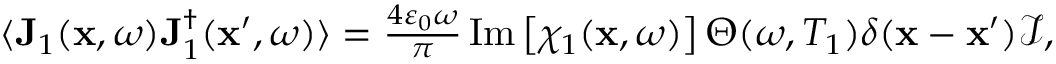
\begin{array} { r } { \langle \mathbf { J } _ { 1 } ( \mathbf { x } , \omega ) \mathbf { J } _ { 1 } ^ { \dagger } ( \mathbf { x } ^ { \prime } , \omega ) \rangle = \frac { 4 \varepsilon _ { 0 } \omega } { \pi } \operatorname { I m } \left[ \chi _ { 1 } ( \mathbf { x } , \omega ) \right] \Theta ( \omega , T _ { 1 } ) \delta ( \mathbf { x } - \mathbf { x } ^ { \prime } ) \mathcal { I } , } \end{array}